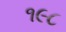
૧૯૮